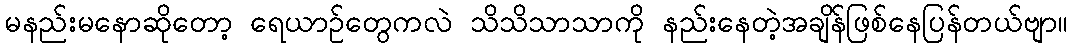
မနည်းမနောဆိုတော့ ရေယာဉ်တွေကလဲ သိသိသာသာကို နည်းနေတဲ့အချိန်ဖြစ်နေပြန်တယ်ဗျာ။